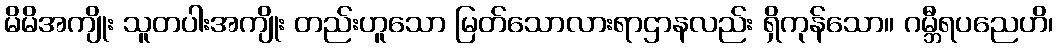
မိမိအကျိုး သူတပါးအကျိုး တည်းဟူသော မြတ်သောလားရာဌာနလည်း ရှိကုန်သော။ ဂမ္ဘီရပညေဟိ၊